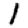
Digit: 1